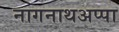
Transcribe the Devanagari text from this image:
नागनाथअप्पा